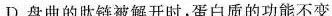
D.盘曲的肽链被解开时，蛋白质的功能不变